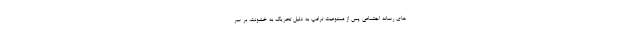
های رسانه اجتماعی پس از ممنوعیت ترامپ به دلیل تحریک به خشونت، بر سر